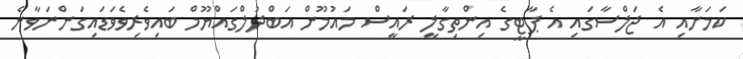
ކަމަށާއި އެ ޖަލްސާގައި އެ ޕާޓީގެ އިންތިގާލީ ރައީސް މައުމޫން އަބްދުލްގައްޔޫމް ބައިވެރިވެވަޑައިގަންނަވާނެ